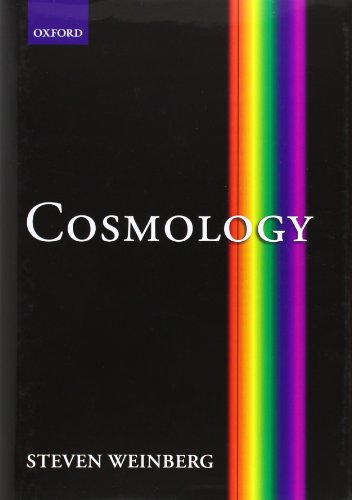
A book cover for Cosmology; Steven Weinberg; Science & Math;